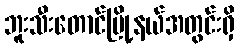
ဘူးသီးတောင်မြို့နယ်အတွင်းရှိ